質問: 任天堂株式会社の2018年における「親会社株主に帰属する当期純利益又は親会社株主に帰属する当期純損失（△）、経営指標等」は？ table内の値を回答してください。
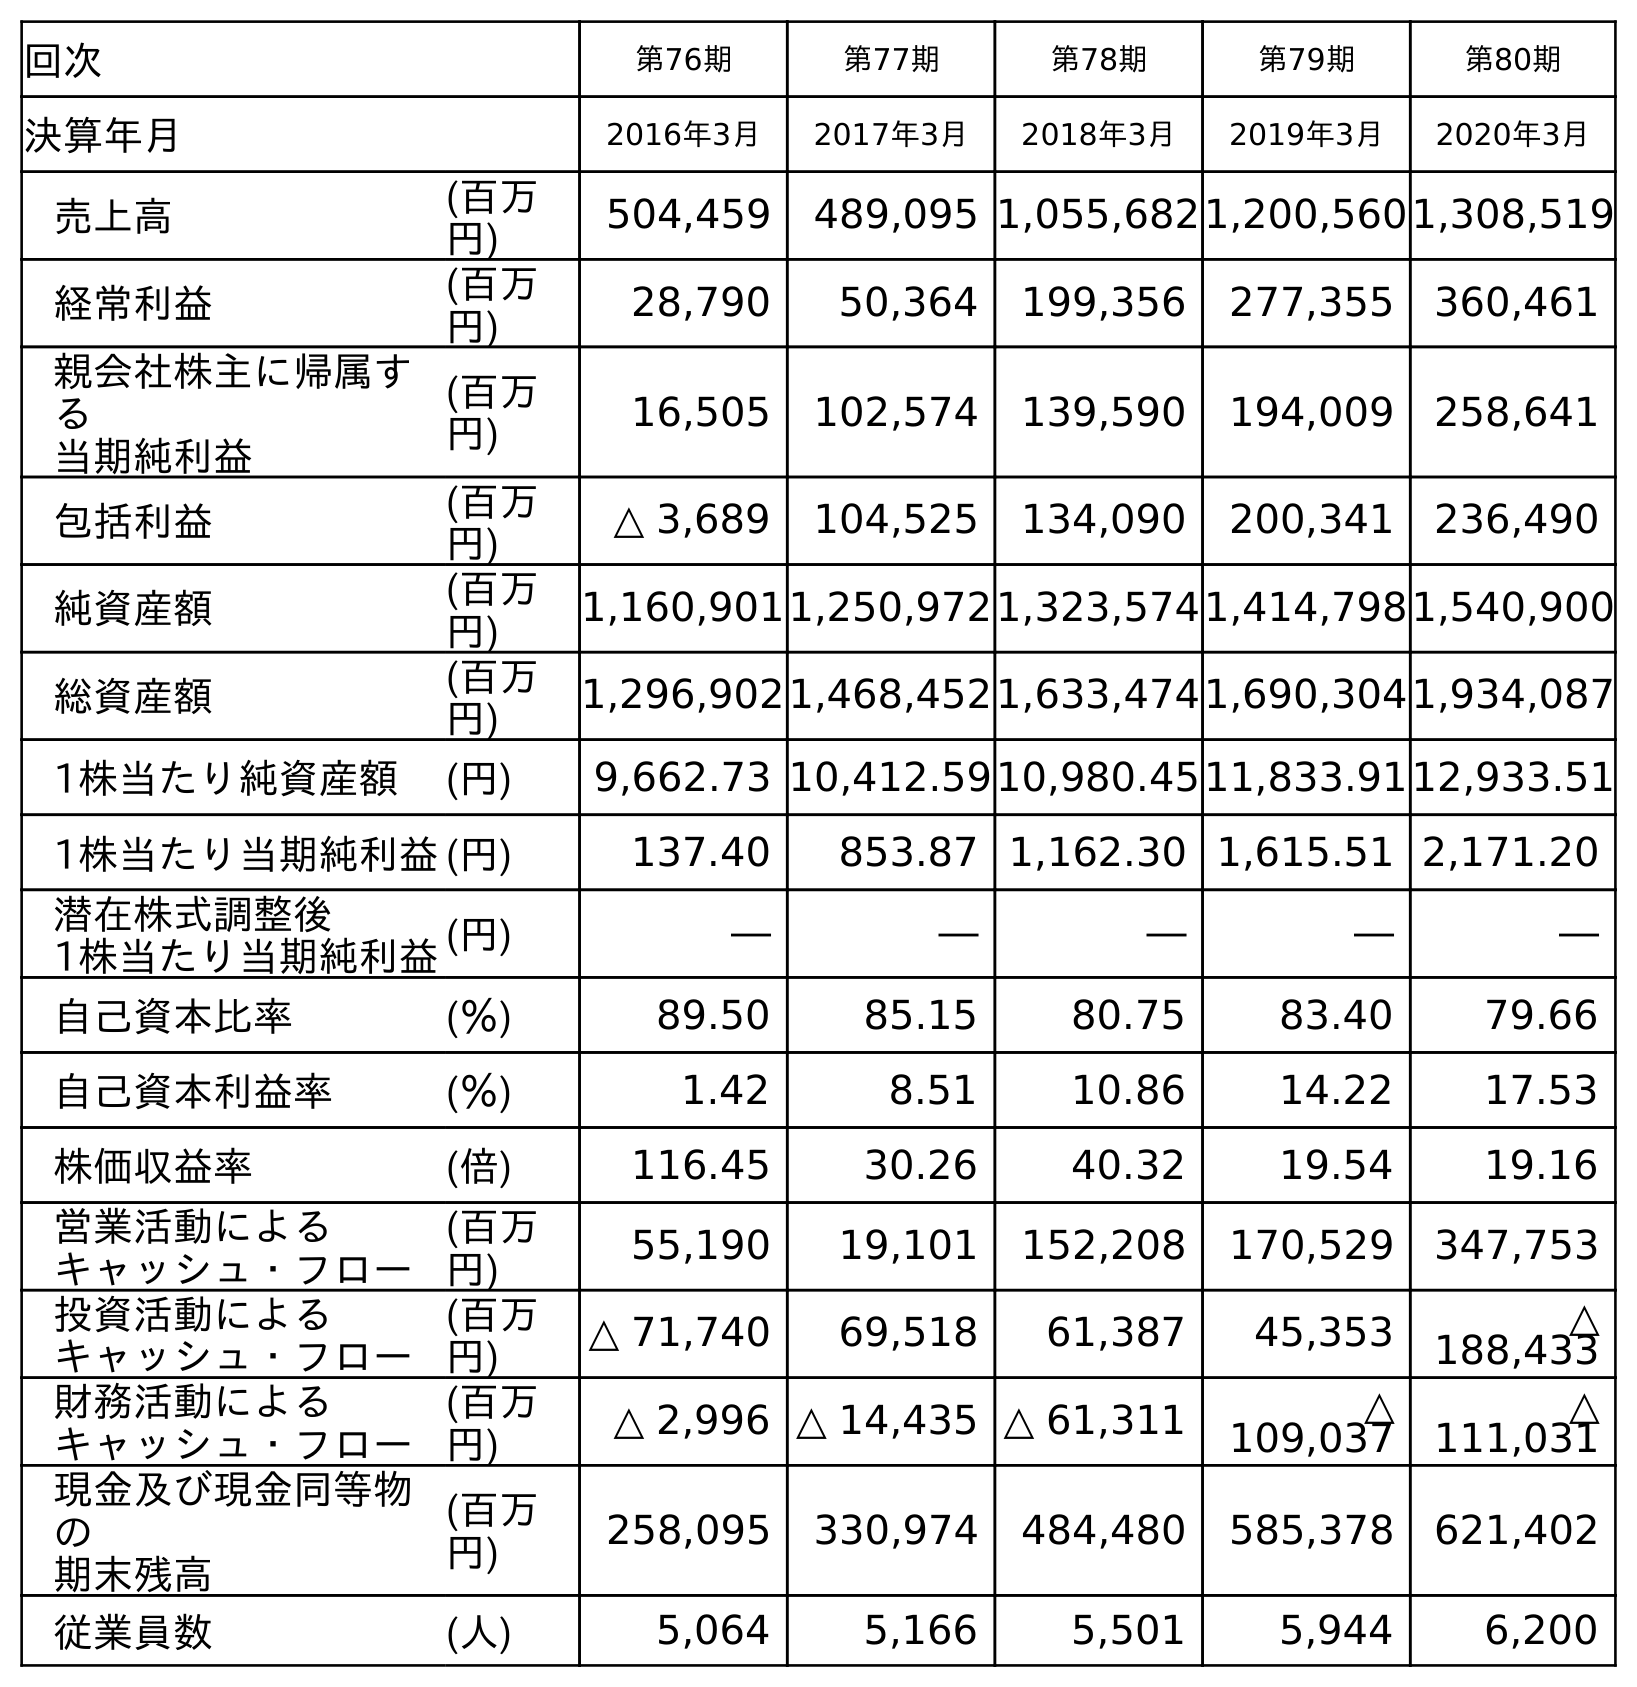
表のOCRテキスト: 回次 第76期 第77期 第78期 第79期 第80期 決算年月 2016年3月 2017年3月 2018年3月 2019年3月 2020年3月 売上高 (百万 円) 504,459 489,095 1,055,6821,200,5601,308,519 経常利益 (百万 円) 28,790 50,364 199,356 277,355 360,461 親会社株主に帰属す る 当期純利益 (百万 円) 16,505 102,574 139,590 194,009 258,641 包括利益 (百万 円) △ 3,689 104,525 134,090 200,341 236,490 純資産額 (百万 円) 1,160,9011,250,9721,323,5741,414,7981,540,900 総資産額 (百万 円) 1,296,9021,468,4521,633,4741,690,3041,934,087 1株当たり純資産額 (円) 9,662.73 10,412.5910,980.4511,833.9112,933.51 1株当たり当期純利益(円) 137.40 853.87 1,162.30 1,615.51 2,171.20 潜在株式調整後 1株当たり当期純利益(円) ― ― ― ― ― 自己資本比率 (％) 89.50 85.15 80.75 83.40 79.66 自己資本利益率 (％) 1.42 8.51 10.86 14.22 17.53 株価収益率 (倍) 116.45 30.26 40.32 19.54 19.16 営業活動による キャッシュ・フロー (百万 円) 55,190 19,101 152,208 170,529 347,753 投資活動による キャッシュ・フロー (百万 円) △ 71,740 69,518 61,387 45,353 △ 188,433 財務活動による キャッシュ・フロー (百万 円) △ 2,996 △ 14,435 △ 61,311 △ 109,037 △ 111,031 現金及び現金同等物 の 期末残高 (百万 円) 258,095 330,974 484,480 585,378 621,402 従業員数 (人) 5,064 5,166 5,501 5,944 6,200
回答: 139,590